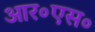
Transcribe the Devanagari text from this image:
आर॰एस॰